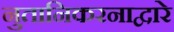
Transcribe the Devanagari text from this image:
नुतानिकरनाद्वारे